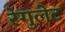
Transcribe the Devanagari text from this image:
रेगुलेट